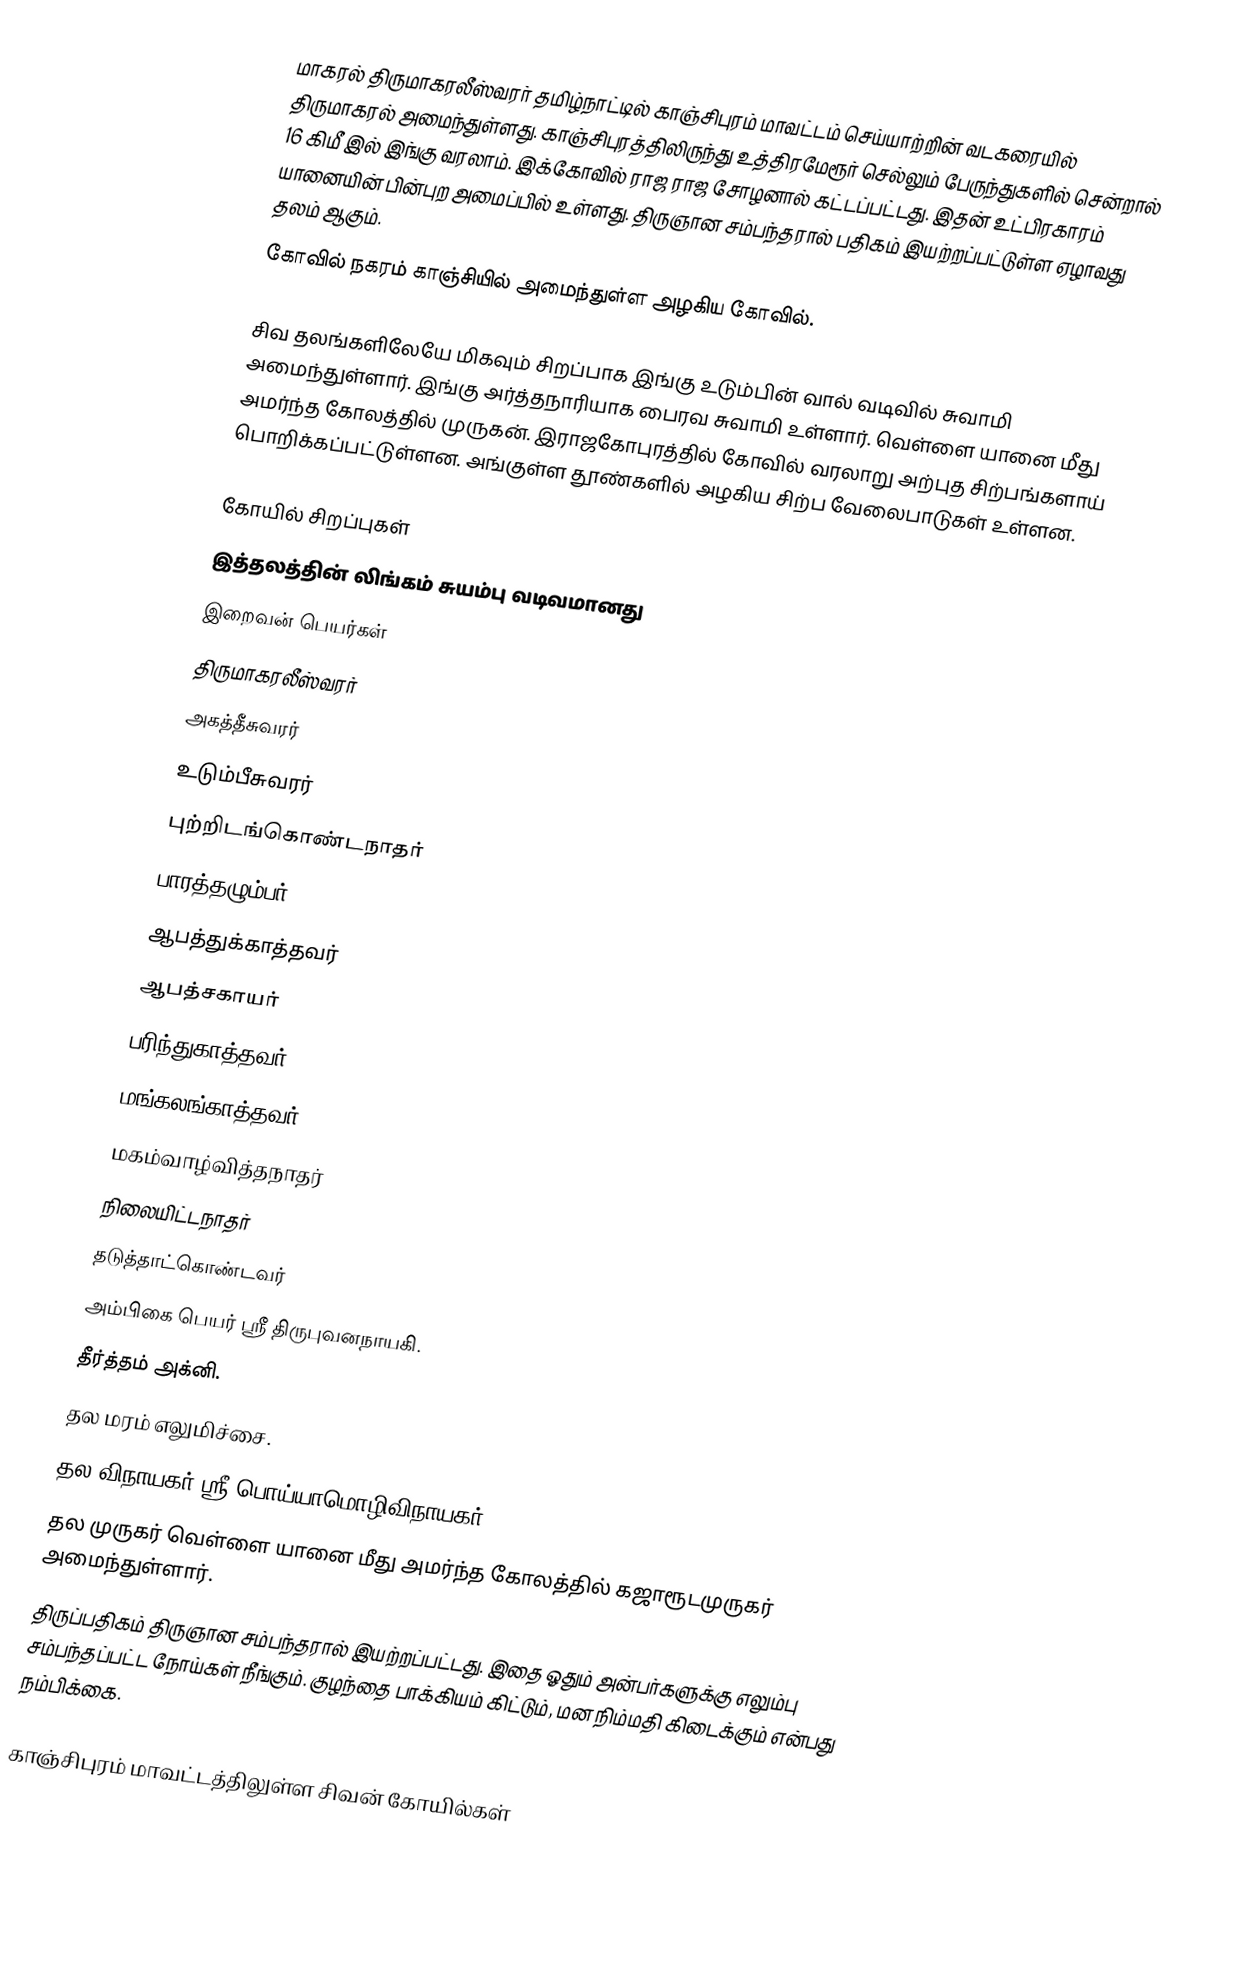
மாகரல் திருமாகரலீஸ்வரர் தமிழ்நாட்டில் காஞ்சிபுரம் மாவட்டம் செய்யாற்றின் வடகரையில் திருமாகரல் அமைந்துள்ளது. காஞ்சிபுரத்திலிருந்து உத்திரமேரூர் செல்லும் பேருந்துகளில் சென்றால் 16 கிமீ இல் இங்கு வரலாம். இக்கோவில் ராஜ ராஜ சோழனால் கட்டப்பட்டது. இதன் உட்பிரகாரம் யானையின் பின்புற அமைப்பில் உள்ளது. திருஞான சம்பந்தரால் பதிகம் இயற்றப்பட்டுள்ள ஏழாவது தலம் ஆகும்.
கோவில் நகரம் காஞ்சியில் அமைந்துள்ள அழகிய கோவில்.

சிவ தலங்களிலேயே மிகவும் சிறப்பாக இங்கு உடும்பின் வால் வடிவில் சுவாமி அமைந்துள்ளார். இங்கு அர்த்தநாரியாக பைரவ சுவாமி உள்ளார். வெள்ளை யானை மீது அமர்ந்த கோலத்தில் முருகன். இராஜகோபுரத்தில் கோவில் வரலாறு அற்புத சிற்பங்களாய் பொறிக்கப்பட்டுள்ளன. அங்குள்ள தூண்களில் அழகிய சிற்ப வேலைபாடுகள் உள்ளன.

கோயில் சிறப்புகள்
இத்தலத்தின் லிங்கம் சுயம்பு வடிவமானது
இறைவன் பெயர்கள்
திருமாகரலீஸ்வரர்
அகத்தீசுவரர்
உடும்பீசுவரர்
புற்றிடங்கொண்டநாதர்
பாரத்தழும்பர்
ஆபத்துக்காத்தவர்
ஆபத்சகாயர்
பரிந்துகாத்தவர்
மங்கலங்காத்தவர்
மகம்வாழ்வித்தநாதர்
நிலையிட்டநாதர்
தடுத்தாட்கொண்டவர்
அம்பிகை பெயர் ஸ்ரீ திருபுவனநாயகி.
தீர்த்தம் அக்னி.
தல மரம் எலுமிச்சை.
தல விநாயகர் ஸ்ரீ பொய்யாமொழிவிநாயகர்.
தல முருகர் வெள்ளை யானை மீது அமர்ந்த கோலத்தில் கஜாரூடமுருகர் அமைந்துள்ளார்.
திருப்பதிகம் திருஞான சம்பந்தரால் இயற்றப்பட்டது. இதை ஓதும் அன்பர்களுக்கு எலும்பு சம்பந்தப்பட்ட நோய்கள் நீங்கும். குழந்தை பாக்கியம் கிட்டும், மன நிம்மதி கிடைக்கும் என்பது நம்பிக்கை.

காஞ்சிபுரம் மாவட்டத்திலுள்ள சிவன் கோயில்கள்